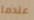
عندما